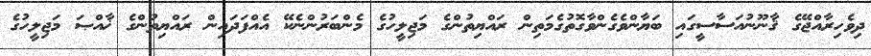
ދިވެހިރާއްޖޭގެ ޤާނޫނުއަސާސީގައި ބަޔާންވެގެންވާގޮތުގެމަތިން ރައްޔިތުންގެ މަޖިލީހުގެ މެންބަރުންނެކޭ އެއްފަދައިން ރައްޔިތުންގެ ޚާއްޞަ މަޖިލީހުގެ